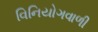
વિનિયોગવાળી